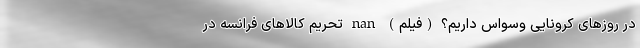
در روزهای کرونایی وسواس داریم؟ (فیلم) nan تحریم کالاهای فرانسه در